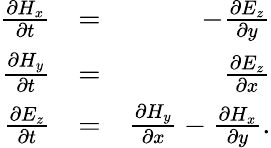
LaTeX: \begin{array}{rlr}{\frac{\partial H_{x}}{\partial t}}&{=}&{-\frac{\partial E_{z}}{\partial y}}\\ {\frac{\partial H_{y}}{\partial t}}&{=}&{\frac{\partial E_{z}}{\partial x}}\\ {\frac{\partial E_{z}}{\partial t}}&{=}&{\frac{\partial H_{y}}{\partial x}-\frac{\partial H_{x}}{\partial y}.}\end{array}